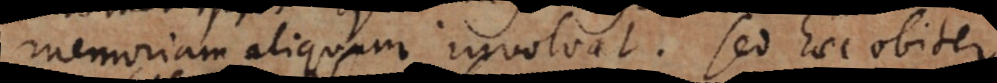
memoriam aliquam involvat. Sed haec obiter.